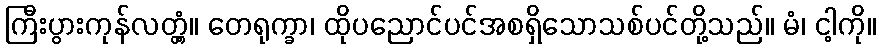
ကြီးပွားကုန်လတ္တံ့။ တေရုက္ခာ၊ ထိုပညောင်ပင်အစရှိသောသစ်ပင်တို့သည်။ မံ၊ ငါ့ကို။